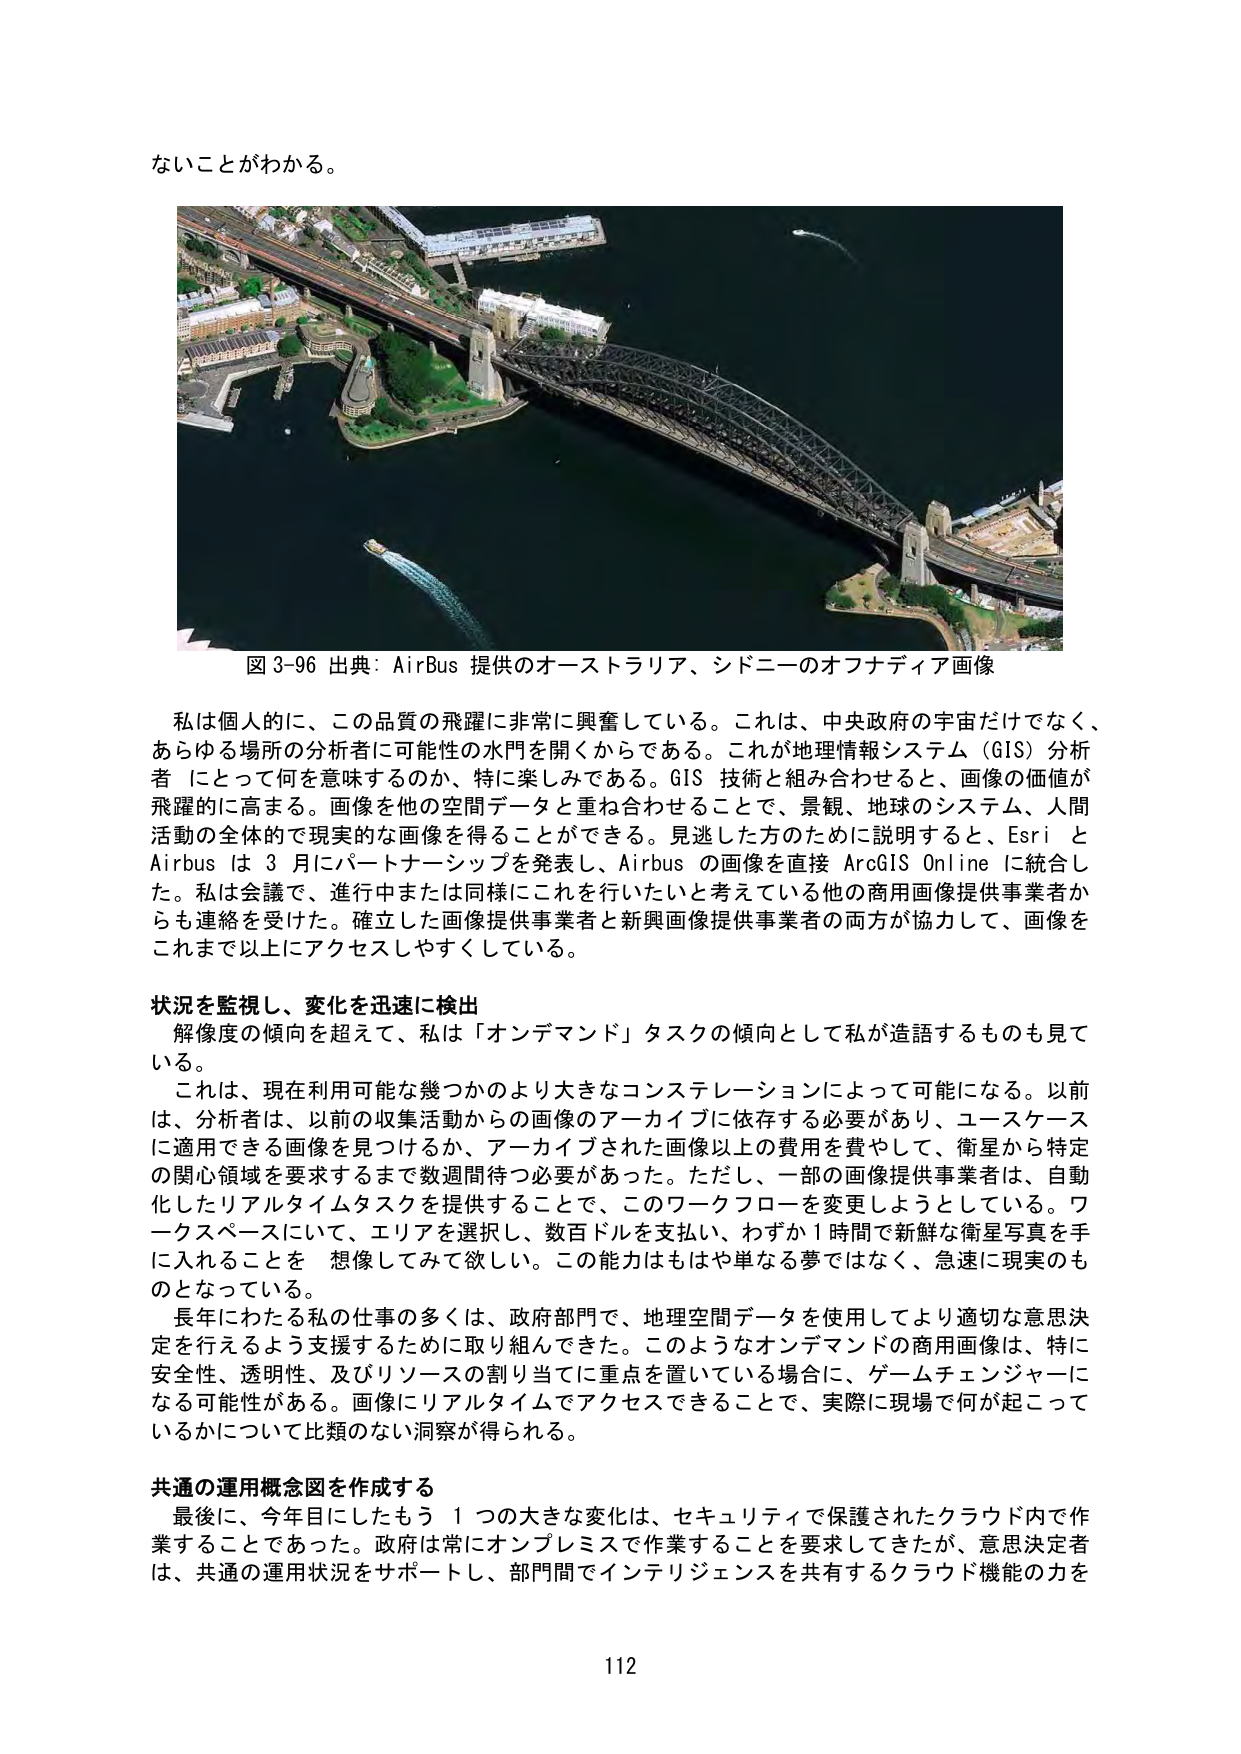
ないことがわかる。

図 3-96 出典: AirBus 提供のオーストラリア、シドニーのオフナディア画像

私は個人的に、この品質の飛躍に非常に興奮している。これは、中央政府の宇宙だけでなく、あらゆる場所の分析者に可能性の水門を開くからである。これが地理情報システム（GIS）分析者にとって何を意味するのか、特に楽しみである。GIS 技術と組み合わせると、画像の価値が飛躍的に高まる。画像を他の空間データと重ね合わせることで、景観、地球のシステム、人間活動の全体的で現実的な画像を得ることができる。見逃した方のために説明すると、Esri と Airbus は 3 月にパートナーシップを発表し、Airbus の画像を直接 ArcGIS Online に統合した。私は会議で、進行中または同様にこれを行いたいと考えている他の商用画像提供事業者からも連絡を受けた。確立した画像提供事業者と新興画像提供事業者の両方が協力して、画像をこれまで以上にアクセスしやすくしている。

状況を監視し、変化を迅速に検出
解像度の傾向を超えて、私は「オンデマンド」タスクの傾向として私が造語するものも見ている。
これは、現在利用可能な幾つかのより大きなコンステレーションによって可能になる。以前は、分析者は、以前の収集活動からの画像のアーカイブに依存する必要があり、ユースケースに適用できる画像を見つけるか、アーカイブされた画像以上の費用を費やして、衛星から特定の関心領域を要求するまで数週間待つ必要があった。ただし、一部の画像提供事業者は、自動化したリアルタイムタスクを提供することで、このワークフローを変更しようとしている。ワークスペースにおいて、エリアを選択し、数百ドルを支払い、わずか 1 時間で新鮮な衛星写真を手に入れることを 想像してみて欲しい。この能力はもはや単なる夢ではなく、急速に現実のものとなっている。
長年にわたる私の仕事の多くは、政府部門で、地理空間データを使用してより適切な意思決定を行えるよう支援するために取り組んできた。このようなオンデマンドの商用画像は、特に安全性、透明性、及びリソースの割り当てに重点を置いている場合に、ゲームチェンジャーになる可能性がある。画像にリアルタイムでアクセスできることで、実際に現場で何が起こっているかについて比類のない洞察が得られる。

共通の運用概念図を作成する
最後に、今年目にしたもう 1 つの大きな変化は、セキュリティで保護されたクラウド内で作業することであった。政府は常にオンプレミスで作業することを要求してきたが、意思決定者は、共通の運用状況をサポートし、部門間でインテリジェンスを共有するクラウド機能の力を

112